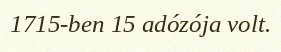
1715-ben 15 adózója volt.